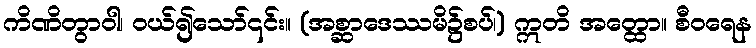
ကိဏိတွာဝါ၊ ဝယ်၍သော်၎င်း။ (အစ္ဆာဒေဿမိ၌စပ်၊) ဣတိ အတ္ထော။ စီဝရေန